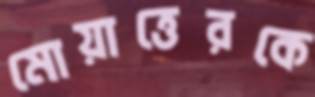
মোয়াত্তেরকে